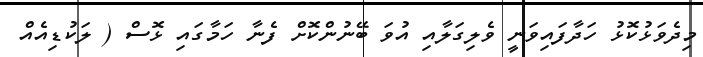
މިދެވަޅުކޮޅު ހަދާފައިވަނީ ވެލިގަލާއި އުވަ ބޭނުންކޮށް ފެނާ ހަމާގައި ޅޮސް ( ލަކުޑިއެއް